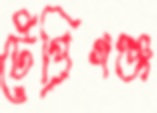
টেপ্রিগঞ্জ